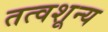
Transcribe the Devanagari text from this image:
तत्वशून्य